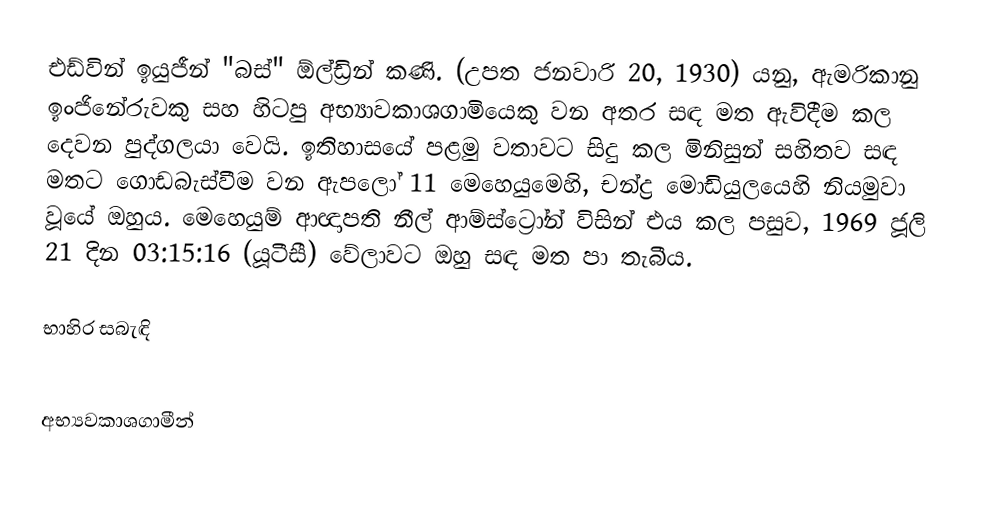
එඩ්වින් ඉයුජීන් "බස්" ඕල්ඩ්‍රින් කණි.  (උපත ජනවාරි 20, 1930) යනු,  ඇමරිකානු ඉංජිනේරුවකු සහ හිටපු අභ්‍යාවකාශගාමියෙකු වන අතර සඳ මත ඇවිදීම කල දෙවන පුද්ගලයා වෙයි.  ඉතිහාසයේ පළමු වතාවට සිදු කල මිනිසුන් සහිතව සඳ මතට ගොඩබැස්වීම වන ඇපලෝ 11 මෙහෙයුමෙහි, චන්ද්‍ර මොඩියුලයෙහි නියමුවා වූයේ ඔහුය.  මෙහෙයුම් ආඥාපති නීල් ආම්ස්ට්‍රෝන් විසින් එය කල පසුව, 1969 ජූලි 21 දින  03:15:16 (යූටීසී) වේලාවට ඔහු සඳ මත පා තැබීය.

භාහිර සබැඳි

අභ්‍යවකාශගාමීන්